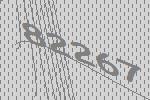
82267